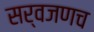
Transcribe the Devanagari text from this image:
सर्वजणच